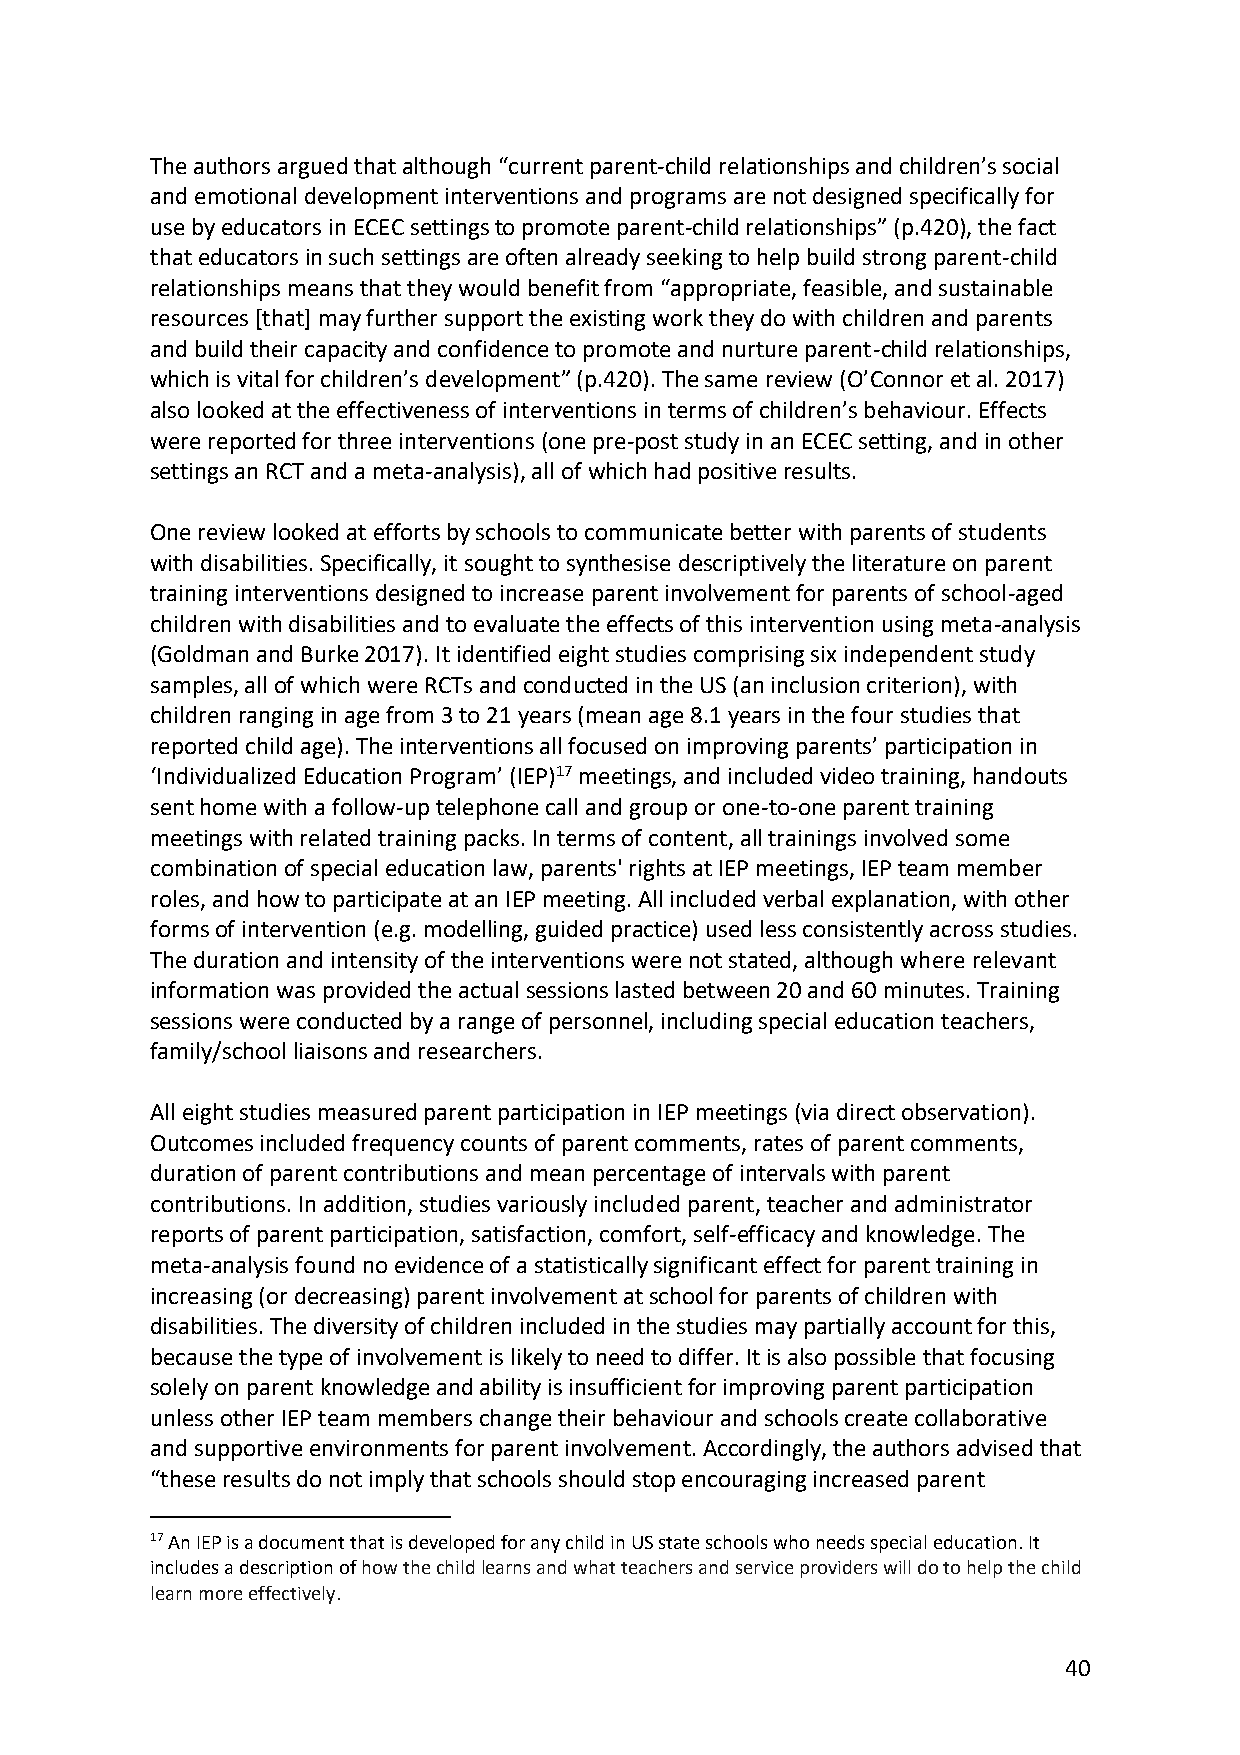
The authors argued that although “current parent-child relationships and children’s social
 and emotional development interventions and programs are not designed specifically for
 use by educators in ECEC settings to promote parent-child relationships” (p.420), the fact
 that educators in such settings are often already seeking to help build strong parent-child
 relationships means that they would benefit from “appropriate, feasible, and sustainable
 resources [that] may further support the existing work they do with children and parents
 and build their capacity and confidence to promote and nurture parent-child relationships,
 which is vital for children’s development” (p.420). The same review (O’Connor et al. 2017)
 also looked at the effectiveness of interventions in terms of children’s behaviour. Effects
 were reported for three interventions (one pre-post study in an ECEC setting, and in other
 settings an RCT and a meta-analysis), all of which had positive results.
 One review looked at efforts by schools to communicate better with parents of students
 with disabilities. Specifically, it sought to synthesise descriptively the literature on parent
 training interventions designed to increase parent involvement for parents of school-aged
 children with disabilities and to evaluate the effects of this intervention using meta-analysis
 (Goldman and Burke 2017). It identified eight studies comprising six independent study
 samples, all of which were RCTs and conducted in the US (an inclusion criterion), with
 children ranging in age from 3 to 21 years (mean age 8.1 years in the four studies that
 reported child age). The interventions all focused on improving parents’ participation in
 ‘Individualized Education Program’ (IEP)17 meetings, and included video training, handouts
 sent home with a follow-up telephone call and group or one-to-one parent training
 meetings with related training packs. In terms of content, all trainings involved some
 combination of special education law, parents' rights at IEP meetings, IEP team member
 roles, and how to participate at an IEP meeting. All included verbal explanation, with other
 forms of intervention (e.g. modelling, guided practice) used less consistently across studies.
 The duration and intensity of the interventions were not stated, although where relevant
 information was provided the actual sessions lasted between 20 and 60 minutes. Training
 sessions were conducted by a range of personnel, including special education teachers,
 family/school liaisons and researchers.
 All eight studies measured parent participation in IEP meetings (via direct observation).
 Outcomes included frequency counts of parent comments, rates of parent comments,
 duration of parent contributions and mean percentage of intervals with parent
 contributions. In addition, studies variously included parent, teacher and administrator
 reports of parent participation, satisfaction, comfort, self-efficacy and knowledge. The
 meta-analysis found no evidence of a statistically significant effect for parent training in
 increasing (or decreasing) parent involvement at school for parents of children with
 disabilities. The diversity of children included in the studies may partially account for this,
 because the type of involvement is likely to need to differ. It is also possible that focusing
 solely on parent knowledge and ability is insufficient for improving parent participation
 unless other IEP team members change their behaviour and schools create collaborative
 and supportive environments for parent involvement. Accordingly, the authors advised that
 “these results do not imply that schools should stop encouraging increased parent
 17 An IEP is a document that is developed for any child in US state schools who needs special education. It
 includes a description of how the child learns and what teachers and service providers will do to help the child
 learn more effectively.
 40